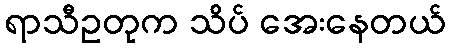
ရာသီဥတုက သိပ် အေးနေတယ်